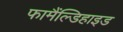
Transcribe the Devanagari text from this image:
फामैंल्डिहाइड